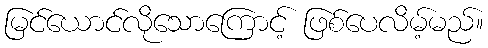
မြင်ယောင်လိုသောကြောင့် ဖြစ်ပေလိမ့်မည်။